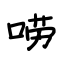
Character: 唠